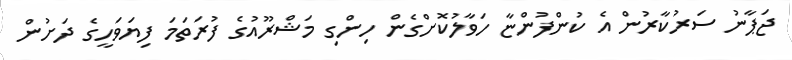
ޖަޕާނު ސަރުކާރުން އެ ކުންފުންޏާ ހަވާލުކޮށްގެން ހިންގި މަޝްރޫއުގެ ފުރަތަމަ ފިޔަވަހީގެ ދަށުން